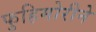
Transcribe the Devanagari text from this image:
फुहिमोरीने